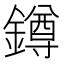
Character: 鐏